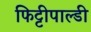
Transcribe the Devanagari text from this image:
फिट्टीपाल्डी